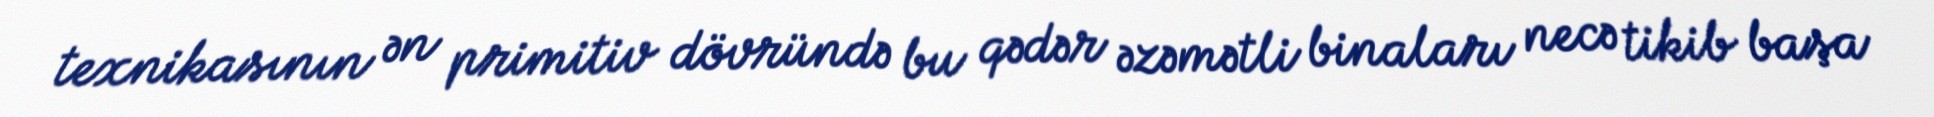
texnikasının ən primitiv dövründə bu qədər əzəmətli binaları necə tikib başa